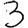
Digit: 3